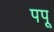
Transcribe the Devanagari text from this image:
पपू